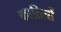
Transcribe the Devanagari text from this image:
काठियों